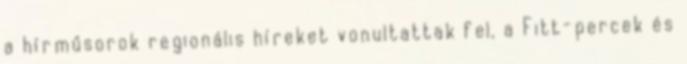
a hírműsorok regionális híreket vonultattak fel, a Fitt-percek és